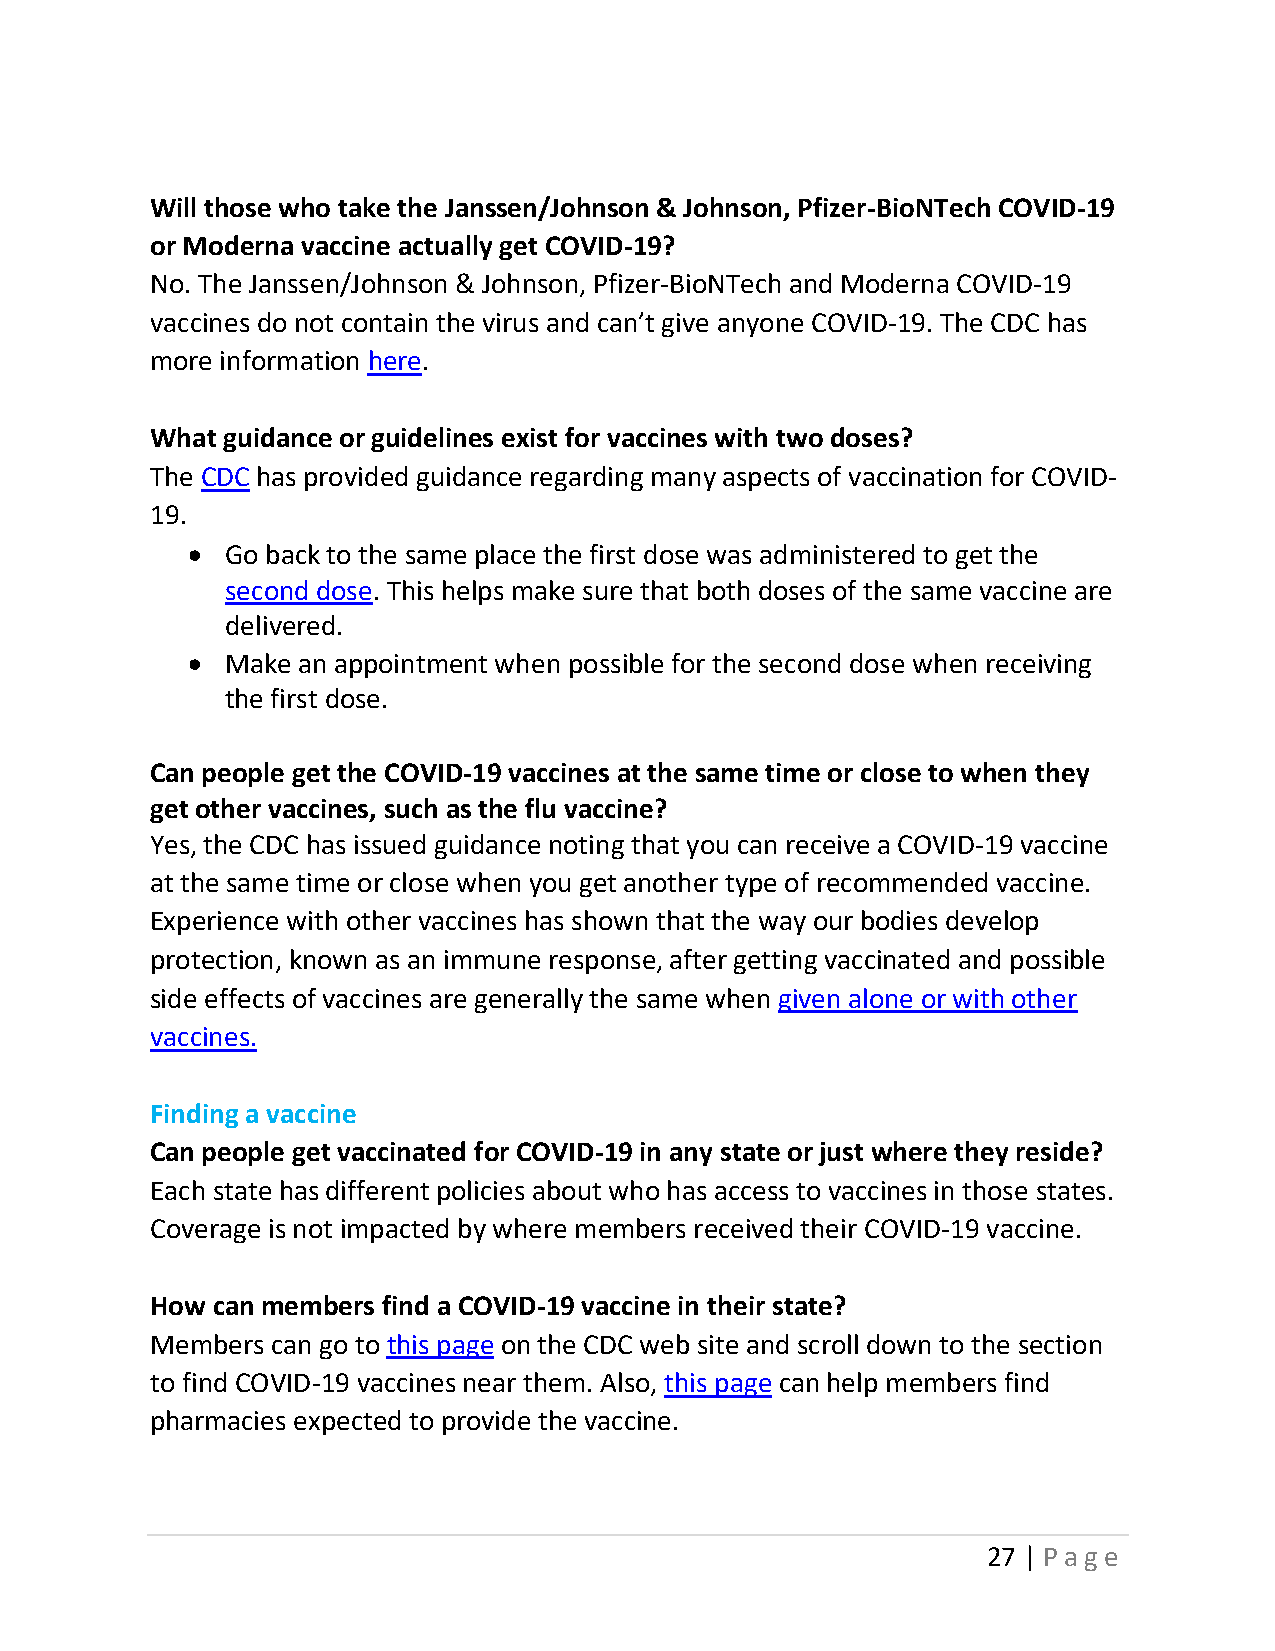
Will those who take the Janssen/Johnson & Johnson, Pfizer-BioNTech COVID-19
 or Moderna vaccine actually get COVID-19?
 No. The Janssen/Johnson & Johnson, Pfizer-BioNTech and Moderna COVID-19
 vaccines do not contain the virus and can’t give anyone COVID-19. The CDC has
 more information here.
 What guidance or guidelines exist for vaccines with two doses?
 The CDC has provided guidance regarding many aspects of vaccination for COVID-
 19.
 •  Go back to the same place the first dose was administered to get the
 second dose. This helps make sure that both doses of the same vaccine are
 delivered.
 •  Make an appointment when possible for the second dose when receiving
 the first dose.
 Can people get the COVID-19 vaccines at the same time or close to when they
 get other vaccines, such as the flu vaccine?
 Yes, the CDC has issued guidance noting that you can receive a COVID-19 vaccine
 at the same time or close when you get another type of recommended vaccine.
 Experience with other vaccines has shown that the way our bodies develop
 protection, known as an immune response, after getting vaccinated and possible
 side effects of vaccines are generally the same when given alone or with other
 vaccines.
 Finding a vaccine
 Can people get vaccinated for COVID-19 in any state or just where they reside?
 Each state has different policies about who has access to vaccines in those states.
 Coverage is not impacted by where members received their COVID-19 vaccine.
 How can members find a COVID-19 vaccine in their state?
 Members can go to this page on the CDC web site and scroll down to the section
 to find COVID-19 vaccines near them. Also, this page can help members find
 pharmacies expected to provide the vaccine.
 27 | Page